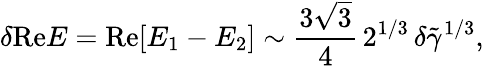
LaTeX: \delta\mathrm{Re}E=\mathrm{Re}[E_{1}-E_{2}]\sim\frac{3\sqrt{3}}{4}\, 2^{1/3}\, \delta\tilde{\gamma}^{1/3},